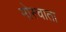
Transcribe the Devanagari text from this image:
मोस्चाता